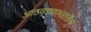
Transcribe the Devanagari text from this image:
आठवड्याभरातच